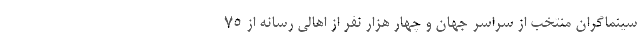
سینماگران منتخب از سراسر جهان و چهار هزار نفر از اهالی رسانه از ۷۵